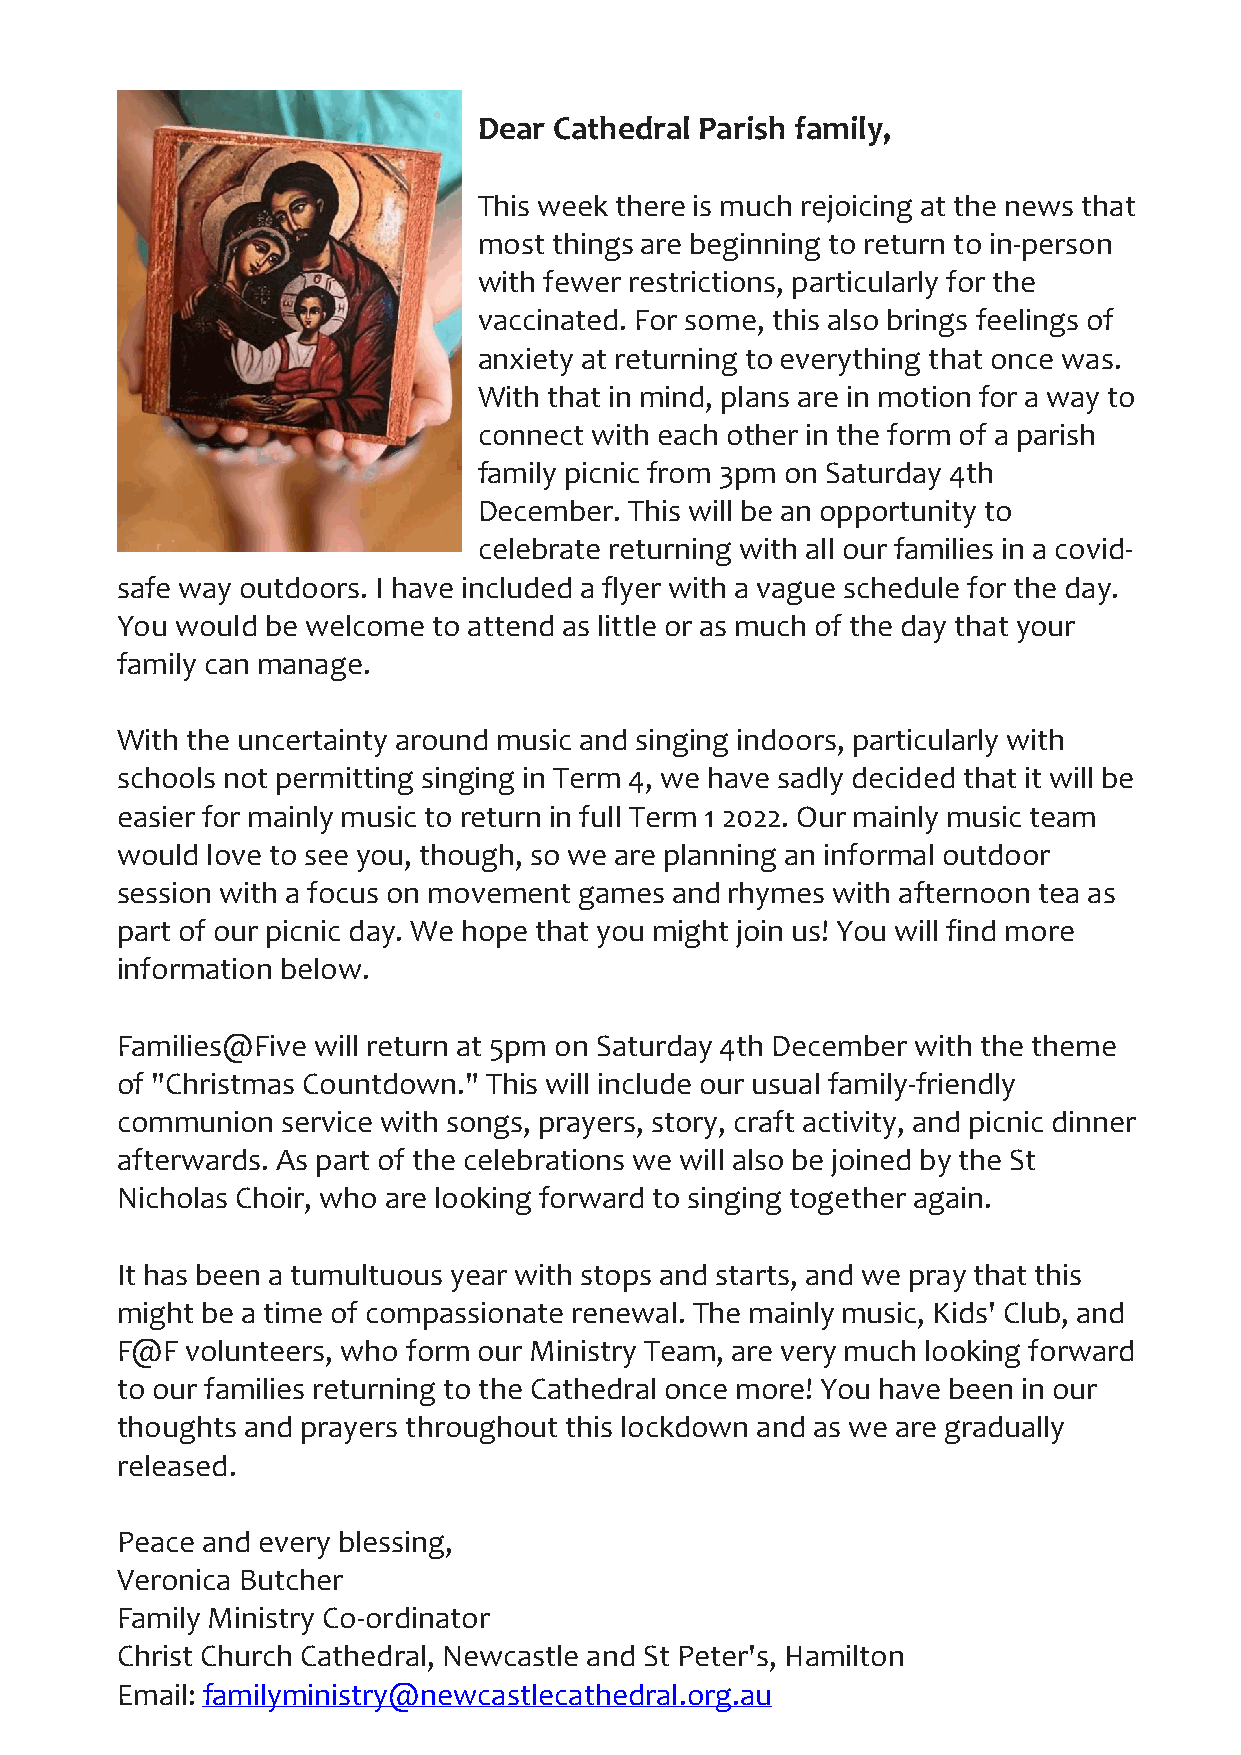
Dear Cathedral Parish family,
 This week there is much rejoicing at the news that
 most things are beginning to return to in-person
 with fewer restrictions, particularly for the
 vaccinated. For some, this also brings feelings of
 anxiety at returning to everything that once was.
 With that in mind, plans are in motion for a way to
 connect with each other in the form of a parish
 family picnic from 3pm on Saturday 4th
 December. This will be an opportunity to
 celebrate returning with all our families in a covid-
 safe way outdoors. I have included a flyer with a vague schedule for the day.
 You would be welcome to attend as little or as much of the day that your
 family can manage.
 With the uncertainty around music and singing indoors, particularly with
 schools not permitting singing in Term 4, we have sadly decided that it will be
 easier for mainly music to return in full Term 1 2022. Our mainly music team
 would love to see you, though, so we are planning an informal outdoor
 session with a focus on movement games and rhymes with afternoon tea as
 part of our picnic day. We hope that you might join us! You will find more
 information below.
 Families@Five will return at 5pm on Saturday 4th December with the theme
 of "Christmas Countdown." This will include our usual family-friendly
 communion  service with songs, prayers, story, craft activity, and picnic dinner
 afterwards. As part of the celebrations we will also be joined by the St
 Nicholas Choir, who are looking forward to singing together again.
 It has been a tumultuous year with stops and starts, and we pray that this
 might be a time of compassionate renewal. The mainly music, Kids' Club, and
 F@F volunteers, who form our Ministry Team, are very much looking forward
 to our families returning to the Cathedral once more! You have been in our
 thoughts and prayers throughout this lockdown and as we are gradually
 released.
 Peace and every blessing,
 Veronica Butcher
 Family Ministry Co-ordinator
 Christ Church Cathedral, Newcastle and St Peter's, Hamilton
 Email: familyministry@newcastlecathedral.org.au